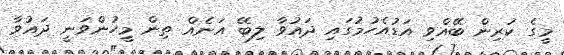
މީގެ ކުރިން ބޭއްވި އަޑުއެހުމުގައި ދައުވާ ލިބޭ އަނެއް ތިން މީހުންވަނީ ދައުވާ